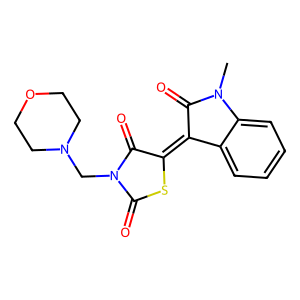
SMILES: CN1C(=O)C(=C2SC(=O)N(CN3CCOCC3)C2=O)c2ccccc21
Inhibits HIV replication: No